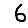
Digit: 6